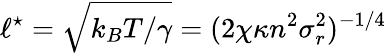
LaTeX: \ell^{\star}=\sqrt{k_{B}T/\gamma}=(2\chi\kappa n^{2}\sigma_{r}^{2})^{-1/4}